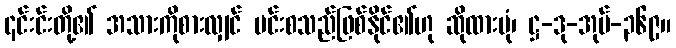
၎င်းင်းတို့၏ အသားကိုစားလျှင် မင်းစသည်ဖြစ်နိုင်၏ဟု ဆိုထားပုံ၊ ဋ္ဌ-ဒု-အုပ်-၃၆၉။